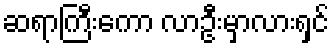
ဆရာကြီးကော လာဦးမှာလားရှင်